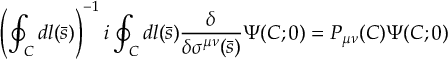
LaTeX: \left( \oint _ { C } d l ( \bar { s } ) \right) ^ { - 1 } i \oint _ { C } d l ( \bar { s } ) { \frac { \delta } { \delta \sigma ^ { \mu \nu } ( \bar { s } ) } } \Psi ( C ; 0 ) = P _ { \mu \nu } ( C ) \Psi ( C ; 0 )